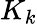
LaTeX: K_{k}